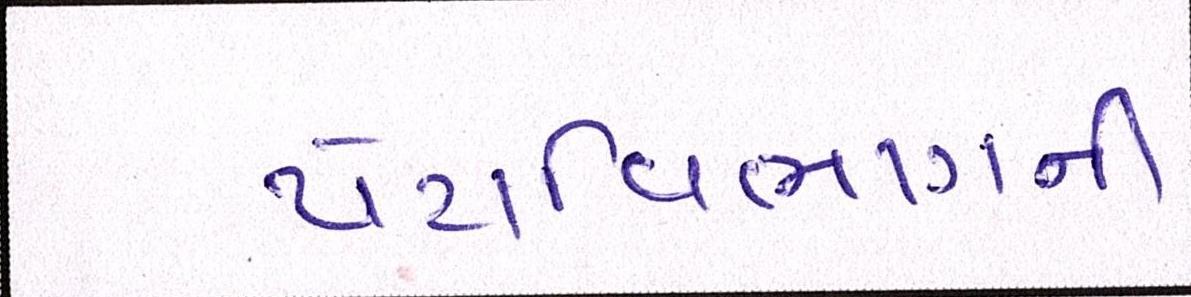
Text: પેટાવિભાગની